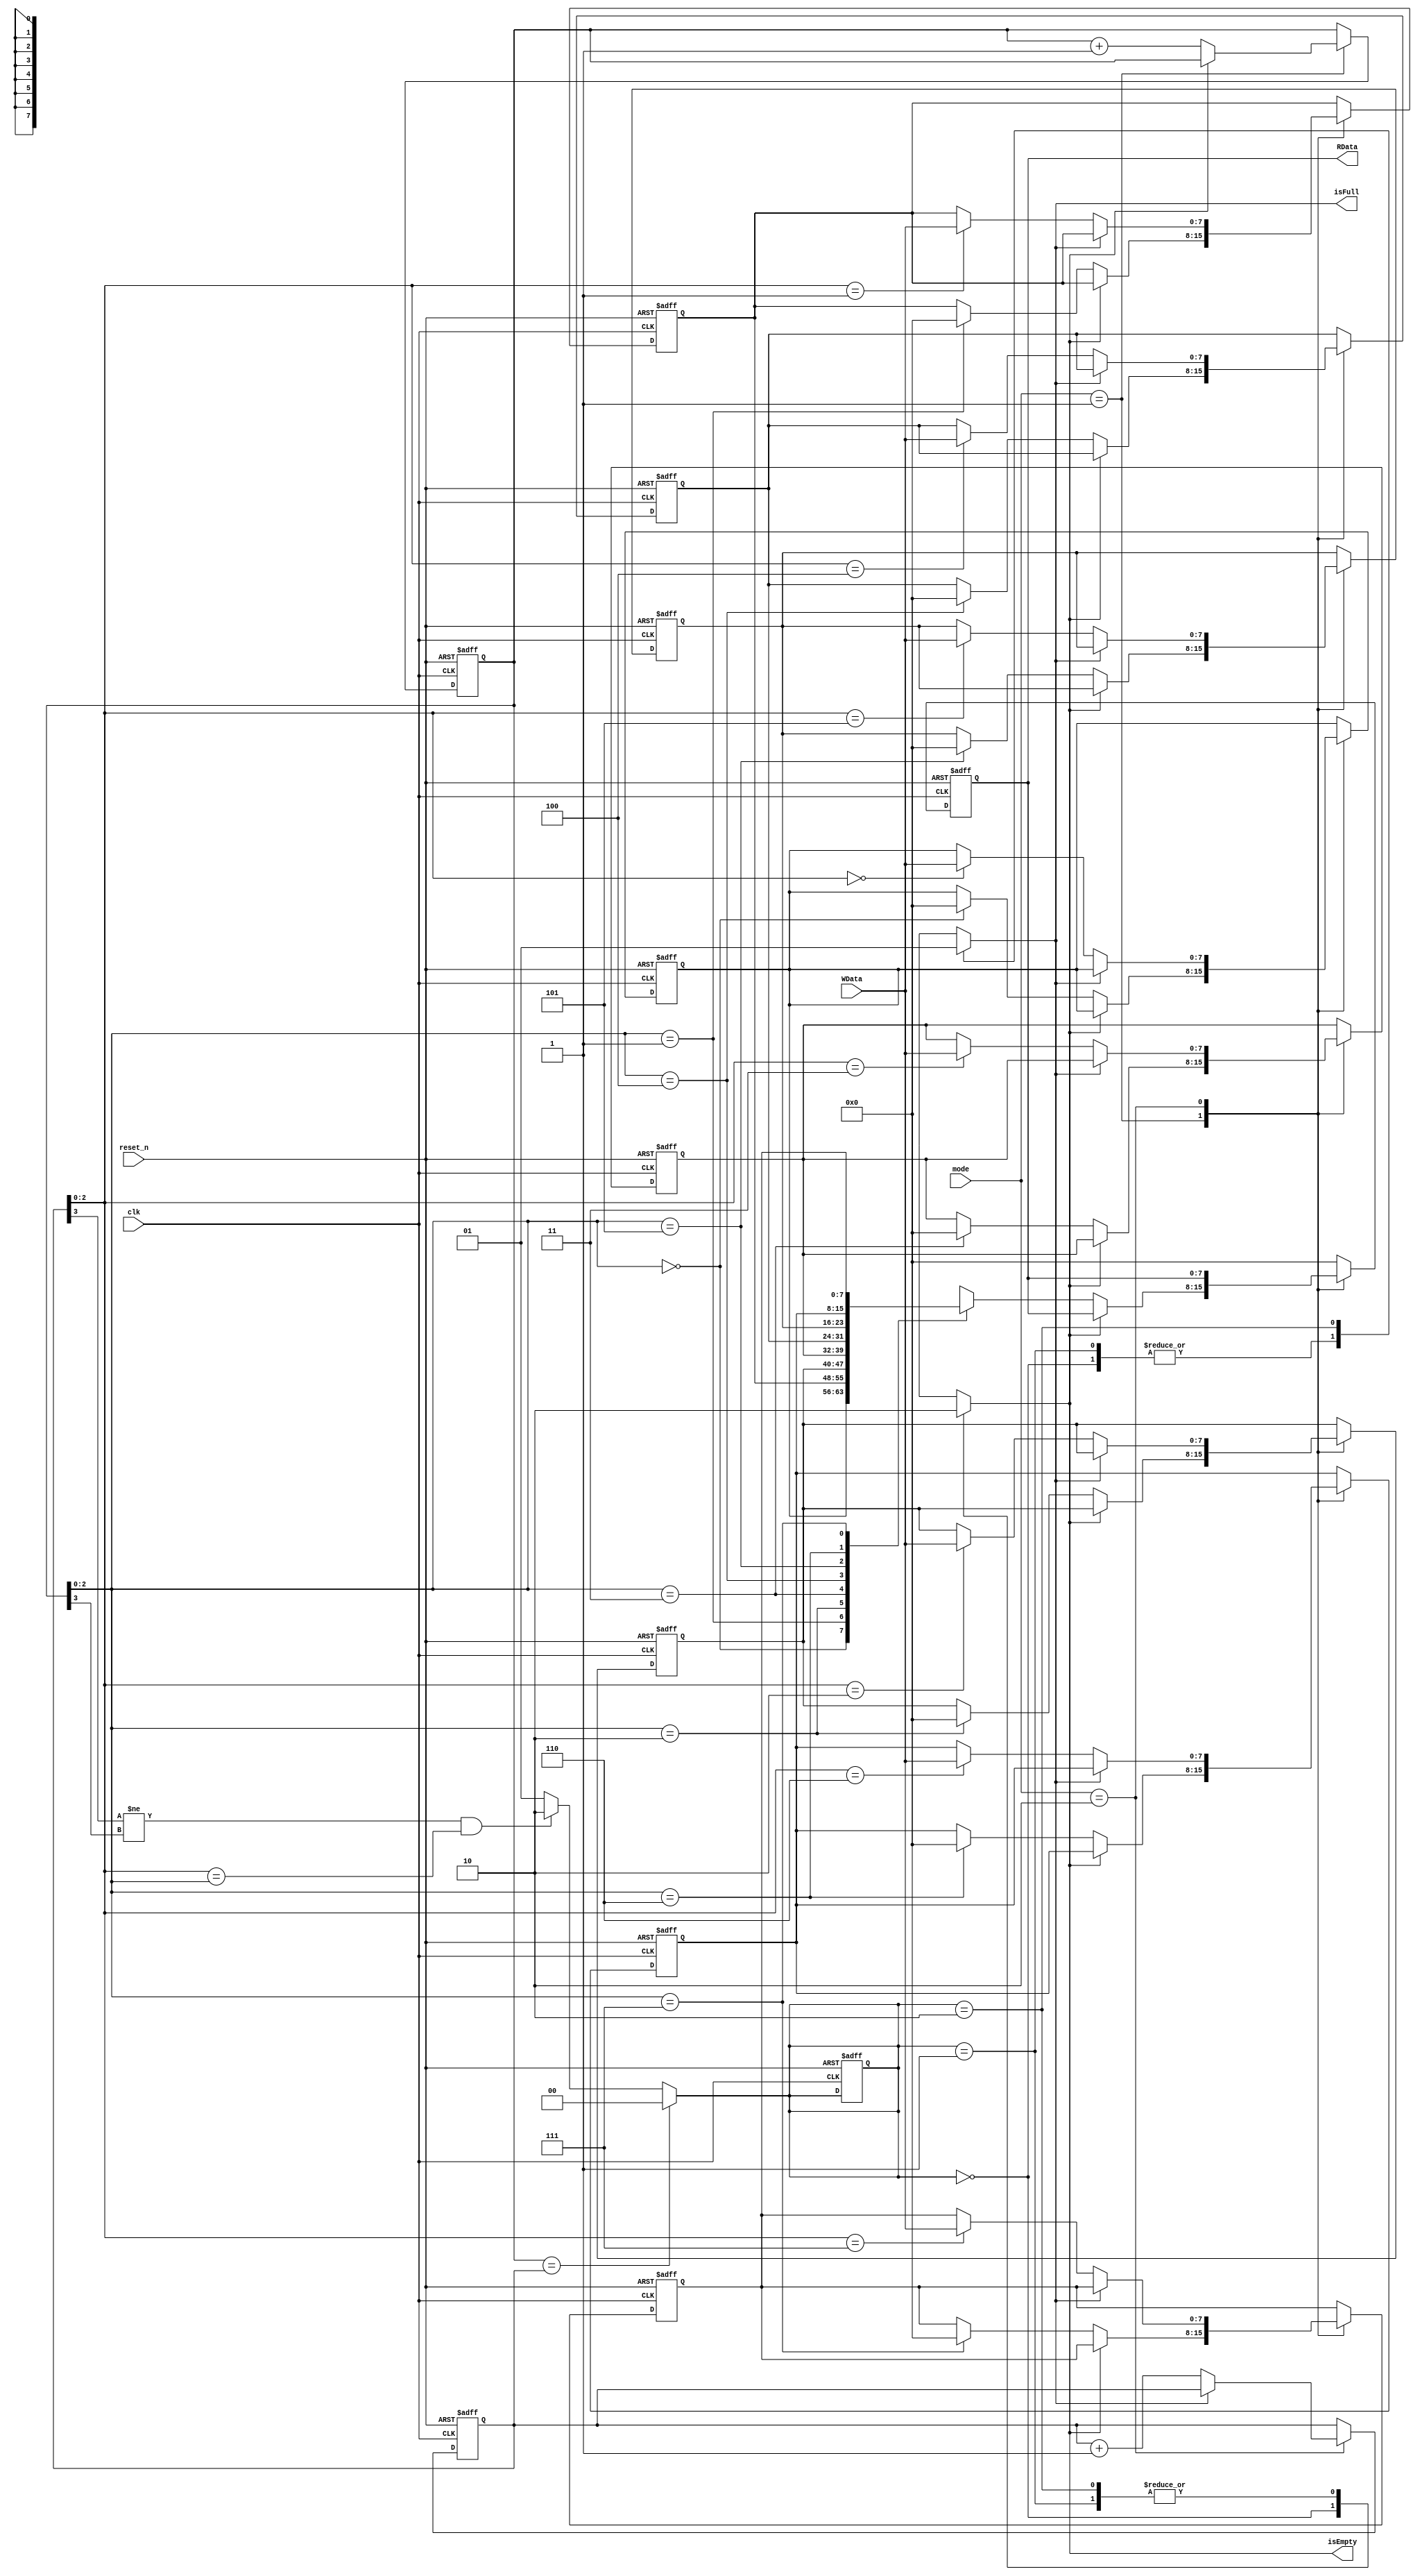
`timescale 1ns / 1ps

module Ring_Buffer
#(
    parameter REG_WIDTH = 8,
    parameter PTR_SIZE = 3
)
(
    input clk,
    input reset_n,
    input [1:0] mode,
    input [REG_WIDTH-1:0] WData,
    output reg isEmpty,
    output reg [REG_WIDTH-1:0] RData,
    output reg isFull
);

localparam BUFFER_SIZE = 1<<PTR_SIZE;

reg [1:0] S;
reg [PTR_SIZE:0] ptr_R;
reg [PTR_SIZE:0] ptr_W;
reg [REG_WIDTH-1:0] Buffer [BUFFER_SIZE-1:0];

//state parameter
localparam S0 = 2'b00;
localparam S1 = 2'b01;
localparam S2 = 2'b10;

//RW parameter
localparam R = 2'b01;
localparam W = 2'b10;

integer i;
always @(posedge clk, negedge reset_n) begin
    if(!reset_n) begin
        ptr_R <= 0;
        ptr_W <= 0;
        RData <= 0;
        S <= 0;
        for(i = 0; i < BUFFER_SIZE; i = i + 1) begin
            Buffer[i] <= 0;
        end
    end
    
    else begin   
        case(mode)
            R: begin
                if(!isEmpty) begin
                    
                    RData <= Buffer[ptr_R[PTR_SIZE-1:0]];
                    Buffer[ptr_R[PTR_SIZE-1:0]] <= 'd0;
                    ptr_R <= ptr_R + 1; 
                end
            end
            
            W: begin
                if(!isFull) begin                    
                    Buffer[ptr_W[PTR_SIZE-1:0]] <= WData;
                    ptr_W <= ptr_W+1;
                end
            end
            
            default: begin
                RData <= 0;
            end
        endcase
    end
end
    
always @(S) begin    
    case(S)
        S0: begin
            isEmpty <= 1;
            isFull <= 0;
        end
        
        S1: begin
            isEmpty <= 0;
            isFull <= 0;
        end
        
        S2: begin
            isEmpty <= 0;
            isFull <= 1;
        end
        
        default: begin
            isEmpty <= 'bx;
            isFull <= 'bx;
        end
    endcase
end

always @(*) begin
    if(ptr_R == ptr_W) S <= S0;
    else if((ptr_W[PTR_SIZE] != ptr_R[PTR_SIZE]) && (ptr_W[PTR_SIZE-1:0] == ptr_R[PTR_SIZE-1:0])) S <= S2;
    else S <= S1;
end

endmodule